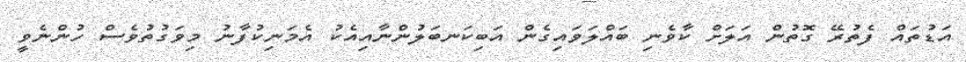
އަޑުތައް ފެތުރޭ ގޮތުން އަލަށް ކާވެނި ބައްލަވައިގެން އަބިކަނބަލުންނާއިއެކު އެމަނިކުފާނު މިވަގުތުވެސް ހުންނެވީ